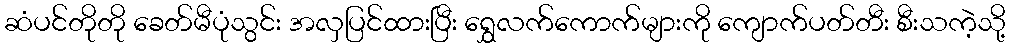
ဆံပင်တိုတို ခေတ်မီပုံသွင်း အလှပြင်ထားပြီး ရွှေလက်ကောက်များကို ကျောက်ပတ်တီး စီးသကဲ့သို့